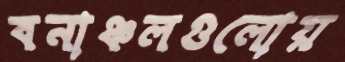
বনাঞ্চলগুলোয়